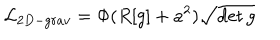
LaTeX: { \cal L } _ { 2 D - g r a v } = \Phi ( R [ g ] + a ^ { 2 } ) \sqrt { \det g }